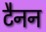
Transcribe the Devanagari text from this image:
टैनन